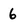
Character: 6